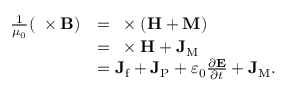
{ \begin{array} { r l } { { \frac { 1 } { \mu _ { 0 } } } ( \mathbf { \nabla } \times \mathbf { B } ) } & { = \mathbf { \nabla } \times \left( \mathbf { H } + \mathbf { M } \right) } \\ & { = \mathbf { \nabla } \times \mathbf { H } + \mathbf { J } _ { \mathrm { M } } } \\ & { = \mathbf { J } _ { \mathrm { f } } + \mathbf { J } _ { \mathrm { P } } + \varepsilon _ { 0 } { \frac { \partial \mathbf { E } } { \partial t } } + \mathbf { J } _ { \mathrm { M } } . } \end{array} }